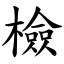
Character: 檢